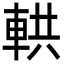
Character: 輁